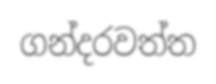
ගන්දරවත්ත